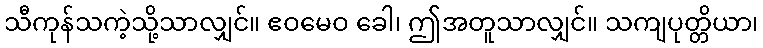
သီကုန်သကဲ့သို့သာလျှင်။ ဧဝမေဝ ခေါ၊ ဤအတူသာလျှင်။ သကျပုတ္တိယာ၊